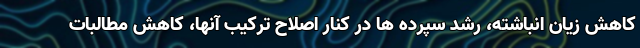
کاهش زیان انباشته، رشد سپرده ها در کنار اصلاح ترکیب آنها، کاهش مطالبات